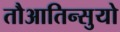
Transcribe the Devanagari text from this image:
तौआतिन्सुयो